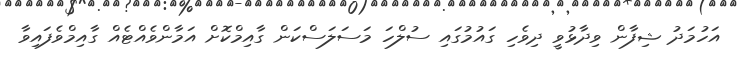
އަހުމަދު ޝިފާން ވިދާޅުވީ ދިވެހި ގައުމުގައި ސުލްހަ މަސަލަސްކަން ގާއިމްކޮށް އަމާންވެއްޓެއް ގާއިމްވެފައިވާ